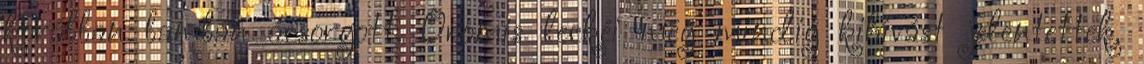
korábban bambán ácsorgott. Oromis leckéi még mindig kihívást jelentettek,